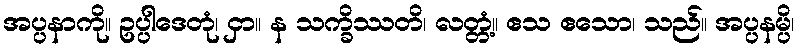
အပ္ပနာကို။ ဥပ္ပါဒေတုံ၊ ငှာ။ န သက္ခိဿတိ၊ လတ္တံ့။ ဧသ ဧသော၊ သည်။ အပ္ပနမ္ပိ၊